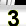
Digit: 3